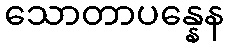
သောတာပန္နေန